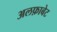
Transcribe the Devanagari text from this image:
अलफ़ाबेट